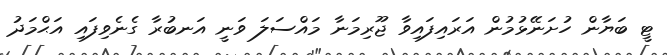
ޓީ ބަޔާން ހުށަނޭޅުމުން އަރައިފައިވާ ޖޫރިމަނާ މައްސަލަ ވަނީ އަނބުރާ ގެނެވިފައި އަޙްމަދު